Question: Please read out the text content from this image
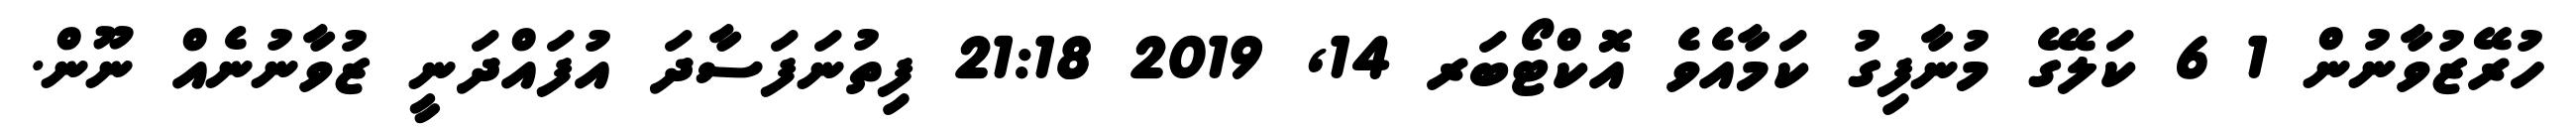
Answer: ހުރޭޒުވާނުން 1 6 ކަލޭގެ މުނާފިގު ކަމާއެވެ އޮކްޓޯބަރ 14, 2019 21:18 ފިތުނަފަސާދަ އުފައްދަނީ ޒުވާނުނެއް ނޫން.